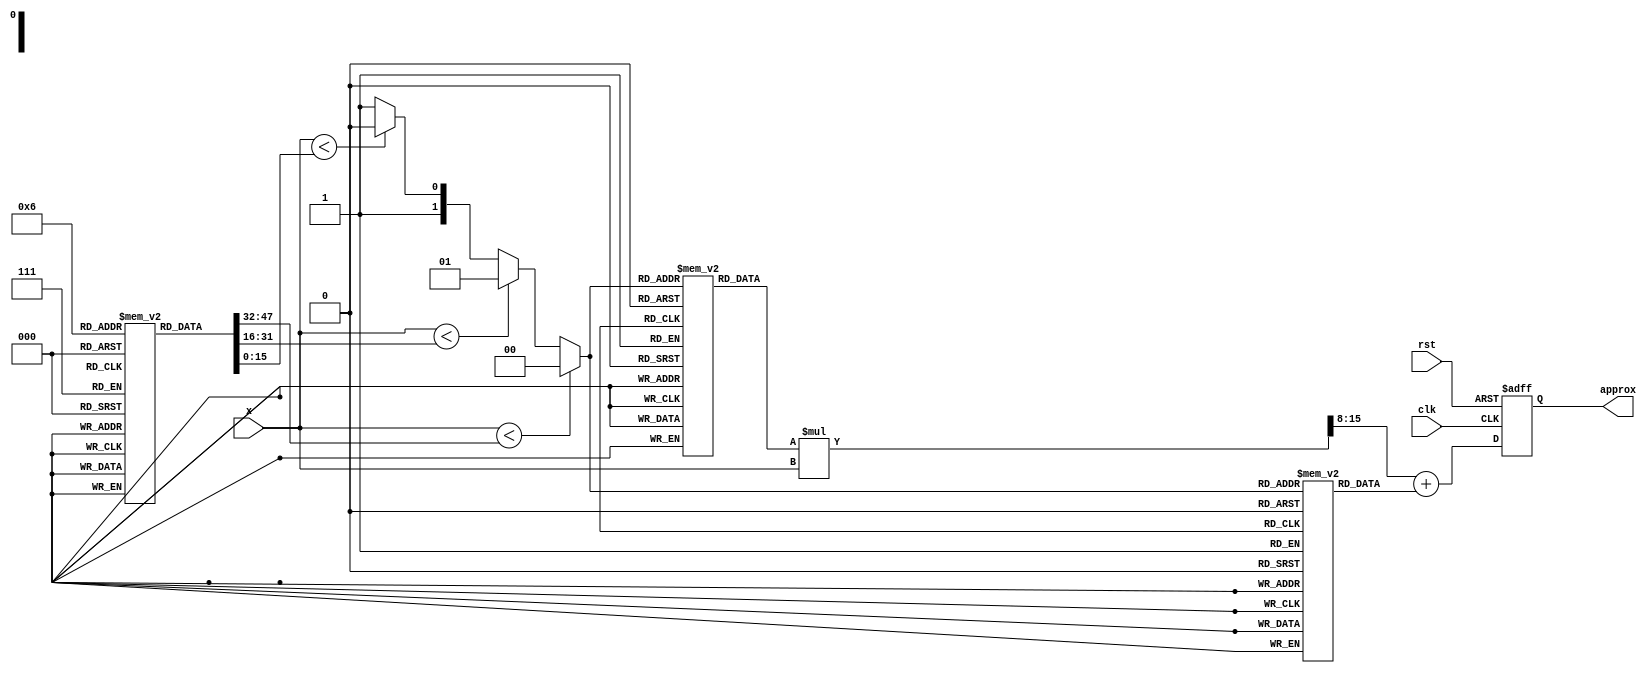
module reciprocal_approximation (
    input wire [15:0] x,          // Input fixed-point number
    output reg [15:0] approx,     // Output fixed-point reciprocal approximation
    input wire clk,               // Clock signal
    input wire rst                // Reset signal
);

    // Define breakpoints and coefficients for piecewise linear approximation
    parameter N_SEGMENTS = 4;
    reg [15:0] breakpoints [0:N_SEGMENTS-1]; // Breakpoints for segments
    reg [15:0] slopes [0:N_SEGMENTS-1];      // Slopes for segments
    reg [15:0] intercepts [0:N_SEGMENTS-1];  // Intercepts for segments

    // Segment selection
    reg [1:0] segment;

    // Initialize breakpoints and coefficients
    initial begin
        // Example breakpoints and coefficients (these need to be defined based on your approximation)
        breakpoints[0] = 16'h1000; // 1.0 (fixed-point)
        breakpoints[1] = 16'h1800; // 1.5 (fixed-point)
        breakpoints[2] = 16'h2000; // 2.0 (fixed-point)
        breakpoints[3] = 16'h2800; // 2.5 (fixed-point)

        slopes[0] = 16'hFFFF;      // Slope for segment 0
        slopes[1] = 16'h0AAA;      // Slope for segment 1
        slopes[2] = 16'h0CCC;      // Slope for segment 2
        slopes[3] = 16'h0FFF;      // Slope for segment 3

        intercepts[0] = 16'h1000;  // Intercept for segment 0
        intercepts[1] = 16'h0555;  // Intercept for segment 1
        intercepts[2] = 16'h0333;  // Intercept for segment 2
        intercepts[3] = 16'h0010;  // Intercept for segment 3
    end

    // State machine for selecting segment based on input x
    always @(*) begin
        if (x < breakpoints[0]) begin
            segment = 2'b00;
        end else if (x < breakpoints[1]) begin
            segment = 2'b01;
        end else if (x < breakpoints[2]) begin
            segment = 2'b10;
        end else if (x < breakpoints[3]) begin
            segment = 2'b11;
        end else begin
            segment = 2'b11; // Default to last segment if out of bounds
        end
    end

    // Compute the linear approximation
    always @(posedge clk or posedge rst) begin
        if (rst) begin
            approx <= 16'h0000;
        end else begin
            // Calculate the approximation using m*x + b
            approx <= (slopes[segment] * x >> 8) + intercepts[segment]; // Shift to adjust for fixed-point
        end
    end

endmodule